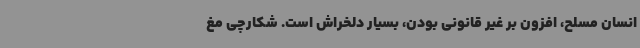
انسان مسلح، افزون بر غیر قانونی بودن، بسیار دلخراش است. شکارچی مغ